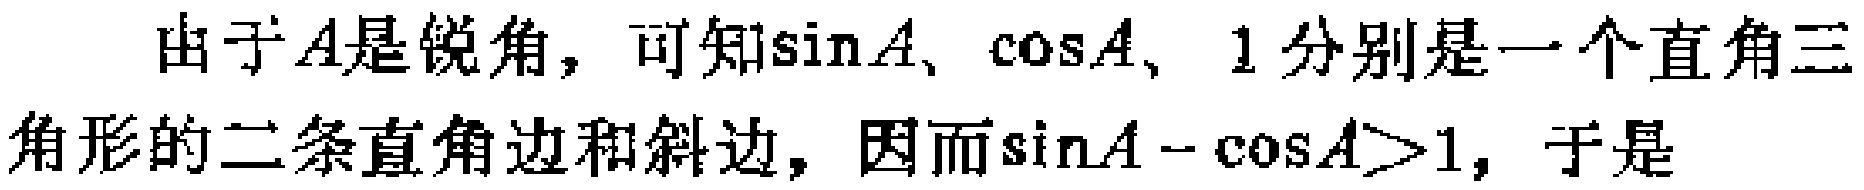
由于\(A\)是锐角，可知\(\sin A\)、\(\cos A\)、\(1\)分别是一个直角三角形的二条直角边和斜边，因而\(\sin A - \cos A>1\)，于是